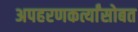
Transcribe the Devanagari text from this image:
अपहरणकर्त्यांसोबत